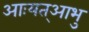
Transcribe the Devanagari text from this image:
आःयत्आभु